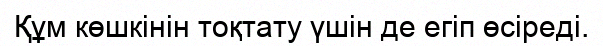
Құм көшкінін тоқтату үшін де егіп өсіреді.